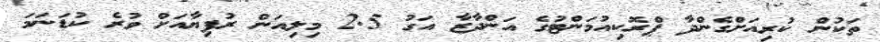
ތަކުން ކުރިއަށްގެންދާ ޕްރޮކިއުމަންޓުގެ އަންދާޒާ އަގު 2.5 މިލިއަން ރުފިޔާއަށް ވުރެ ކުޑަނަމަ